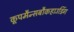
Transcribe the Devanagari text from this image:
कूपमैन्सबौकहाउडिंग